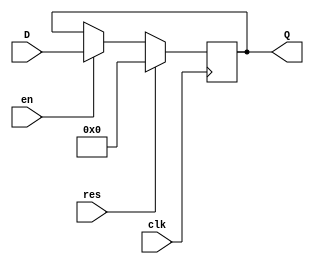
module ff_d #(parameter WIDTH=8) (
		input wire		[WIDTH - 1 : 0]	D,		/* data input */
		input wire						en,		/* enable */
		input wire						clk,	/* clock */
		input wire						res,	/* synchronous active high reset */
		output wire		[WIDTH - 1 : 0]	Q		/* output */
    );
	
	reg [WIDTH - 1 : 0] storage;
	assign Q = storage;
	
	always @(posedge clk) begin
		if(res)									/* handle synchronous reset */
			storage <= {WIDTH{1'b0}};
		else if(en)								/* handle save data */
			storage <= D;
	end
endmodule